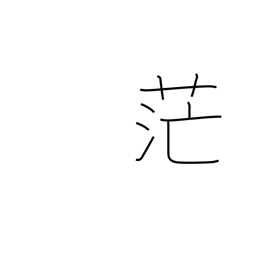
Meaning: extensive